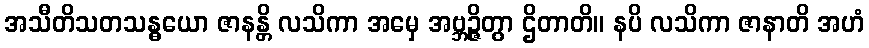
အသီတိသတသန္ဓယော ဇာနန္တိ လသိကာ အမှေ အဗ္ဘဉ္ဇိတွာ ဌိတာတိ။ နပိ လသိကာ ဇာနာတိ အဟံ